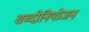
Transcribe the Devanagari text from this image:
शब्दोनियोजन